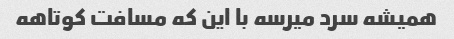
همیشه سرد میرسه با این که مسافت کوتاهه